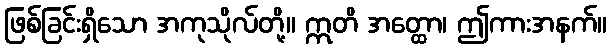
ဖြစ်ခြင်းရှိသော အကုသိုလ်တို့။ ဣတိ အတ္ထော၊ ဤကားအနက်။